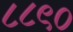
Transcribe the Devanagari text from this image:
८८९०